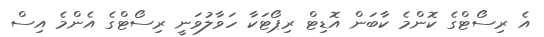
އެ ރިސޯޓްގެ ކޮންމެ ކާބަން އޮޑިޓް ރިޕޯޓަކާ ހަވާލުވަނީ ރިސޯޓްގެ އެންމެ އިސް